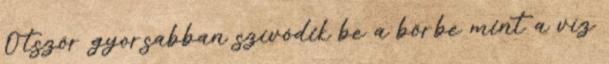
Ötször gyorsabban szívódik be a bőrbe mint a víz